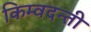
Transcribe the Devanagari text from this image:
किम्वदन्ती